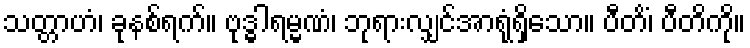
သတ္တာဟံ၊ ခုနစ်ရက်။ ဗုဒ္ဓါရမ္မဏံ၊ ဘုရားလျှင်အာရုံရှိသော။ ပီတိံ၊ ပီတိကို။